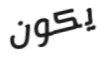
يكون